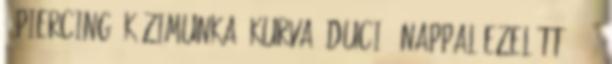
, piercing, kézimunka, kurva, duci 6 nappal ezelőtt 33:51